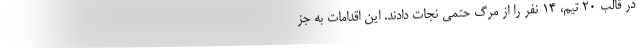
در قالب ۲۰ تیم، ۱۴ نفر را از مرگ حتمی نجات دادند. این اقدامات به جز